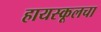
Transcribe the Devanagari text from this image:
हायस्कूलचा